Malaria in India - Number 2
Disease focus: Malaria
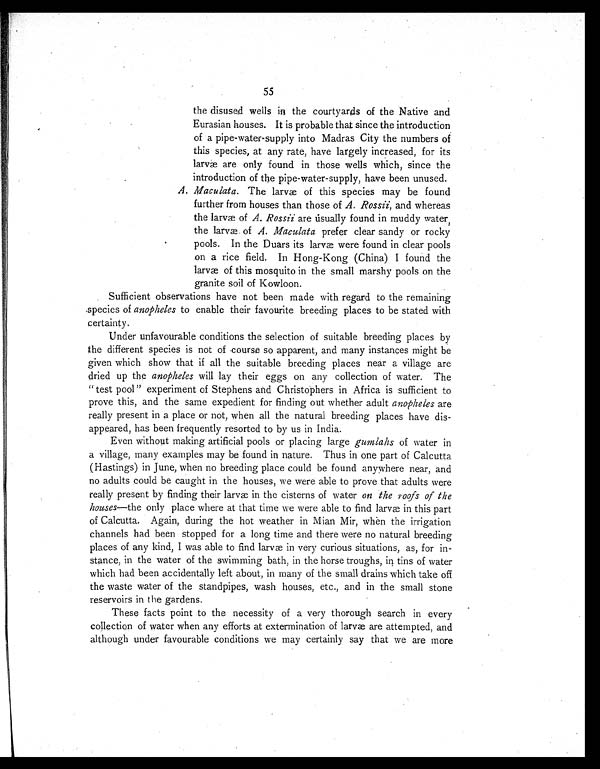
55
the disused wells in the courtyards of the Native and
Eurasian houses. It is probable that since the introduction
of a pipe-water-supply into Madras City the numbers of
this species, at any rate, have largely increased, for its
larvæ are only found in those wells which, since the
introduction of the pipe-water-supply, have been unused.
A. Maculata. The larvæ of this species may be found
further from houses than those of A. Rossii, and whereas
the larvæ of A. Rossii are usually found in muddy water,
the larvæ. of A. Maculata prefer clear sandy or rocky
pools. In the Duars its larvæ were found in clear pools
on a rice field. In Hong-Kong (China) I found the
larvæ of this mosquito in the small marshy pools on the
granite soil of Kowloon.
Sufficient observations have not been made with regard to the remaining
.species of anopheles to enable their favourite breeding places to be stated with
certainty.
Under unfavourable conditions the selection of suitable breeding places by
the different species is not of course so apparent, and many instances might be
given which show that if all the suitable breeding places near a village are
dried up the anopheles will lay their eggs on any collection of water. The
“ test pool ” experiment of Stephens and Christophers in Africa is sufficient to
prove this, and the same expedient for finding out whether adult anopheles are
really present in a place or not, when all the natural breeding places have dis-
appeared, has been frequently resorted to by us in India.
Even without making artificial pools or placing large gumlahs of water in
a village, many examples may be found in nature. Thus in one part of Calcutta
(Hastings) in June, when no breeding place could be found anywhere near, and
no adults could be caught in the houses, we were able to prove that adults were
really present by finding their larvæ in the cisterns of water on the roofs of the
houses—the only place where at that time we were able to find larvæ in this part
of Calcutta. Again, during the hot weather in Mian Mir, when the irrigation
channels had been stopped for a long time and there were no natural breeding
places of any kind, I was able to find larvæ in very curious situations, as, for in-
stance, in the water of the swimming bath, in the horse troughs, in tins of water
which had been accidentally left about, in many of the small drains which take off
the waste water of the standpipes, wash houses, etc., and in the small stone
reservoirs in the gardens.
These facts point to the necessity of a very thorough search in every
collection of water when any efforts at extermination of larvæ are attempted, and
although under favourable conditions we may certainly say that we are more